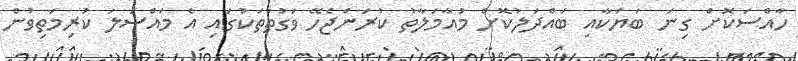
ހާއްސަކޮށް ގިނަ ބަޔަކާއި ބައްދަލުކޮށް މުއާމަލާތު ކުރަންޖެހޭ ވަގުތުތަކުގައި އެ މައްސަލަ ކުރިމަތިވުން